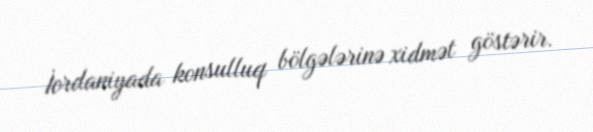
İordaniyada konsulluq bölgələrinə xidmət göstərir.